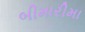
બીમારીમા